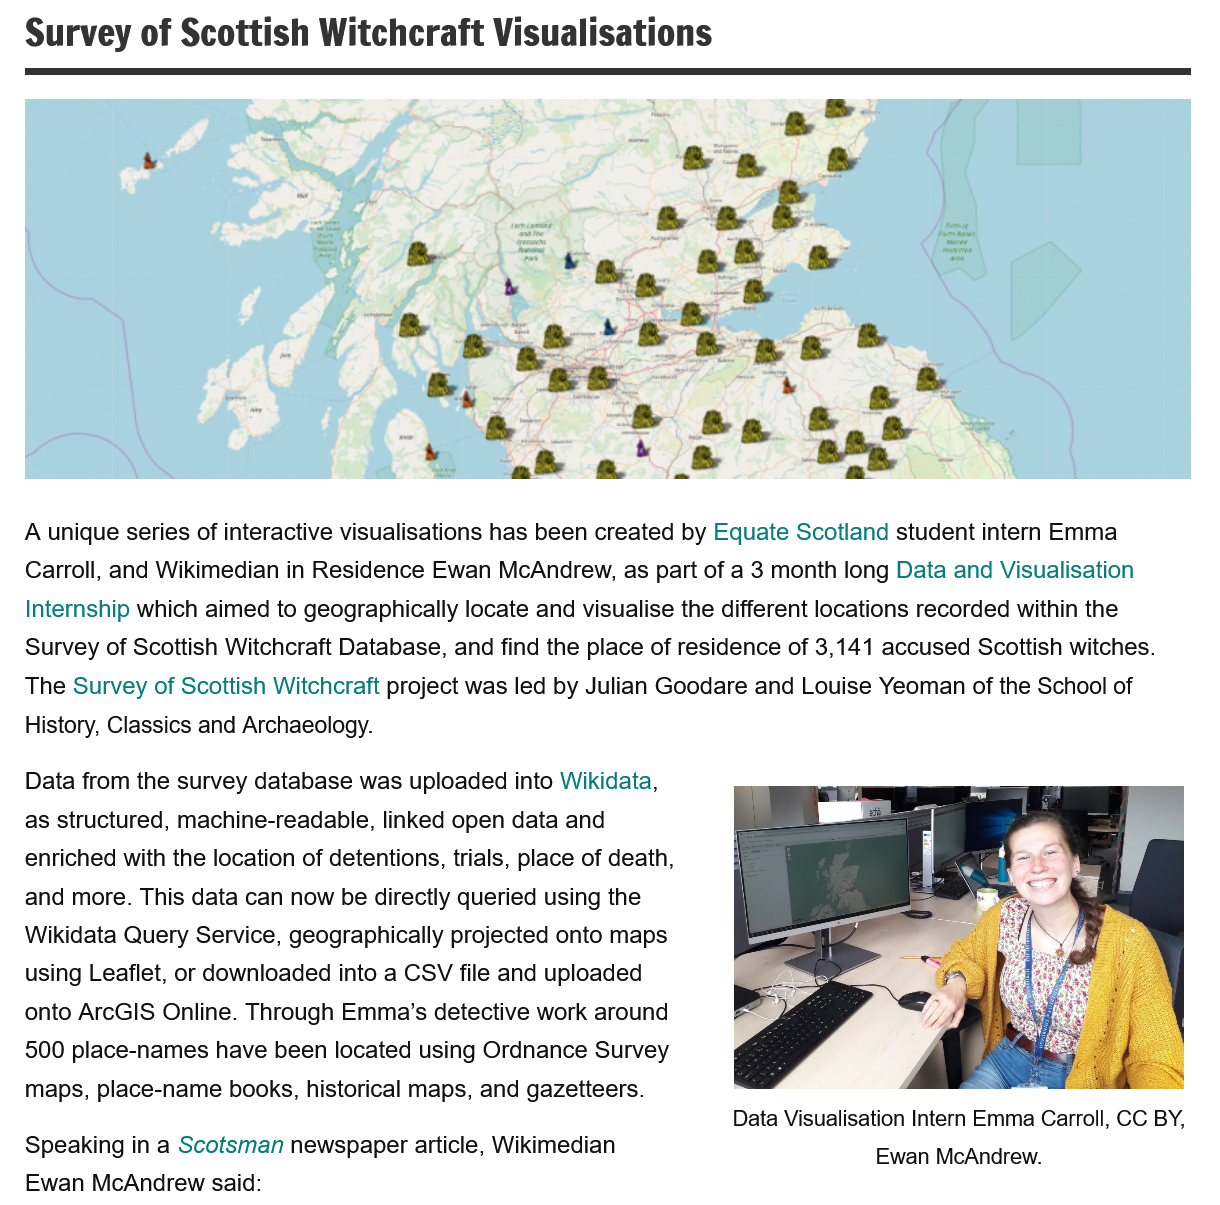
Survey   of  Scottish   Witchcraft    Visualisations
   Speaking in a Scotsman newspaper article, Wikimedian
   Ewan McAndrew said:
     Data Visualisation Intern Emma Carroll, CC BY,
     Ewan  McAndrew.
   A unique series of interactive visualisations has been created by Equate Scotland student intern Emma
   Carroll, and Wikimedian in Residence Ewan McAndrew, as part of a 3 month long Data and Visualisation
   Internship which aimed to geographically locate and visualise the different locations recorded within the
   Survey of Scottish Witchcraft Database, and find the place of residence of 3,141 accused Scottish witches.
   The Survey of Scottish Witchcraft project was led by Julian Goodare and Louise Yeoman of the School of
   History, Classics and Archaeology.
   Data from the survey database was uploaded into Wikidata,
   as structured, machine-readable, linked open data and
   enriched with the location of detentions, trials, place of death,
   and more. This data can now be directly queried using the
   Wikidata Query Service, geographically projected onto maps
   using Leaflet, or downloaded into a CSV file and uploaded
   onto ArcGIS Online. Through Emma’s detective work around
   500 place-names have been located using Ordnance Survey
   maps, place-name books, historical maps, and gazetteers.